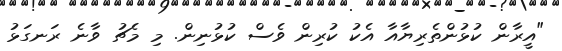
"އީރާން ކުޅުންތެރިޔާއާ އެކު ކުރިން ވެސް ކުޅުނިން. މި މެޗު ވާނެ ރަނގަޅު